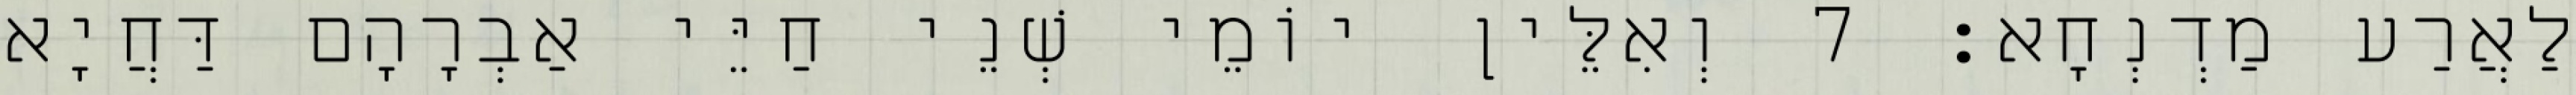
לַאֲרַע מַדְנְחָא׃ 7 וְאִלֵּין יוֹמֵי שְׁנֵי חַיֵּי אַבְרָהָם דַּחֲיָא